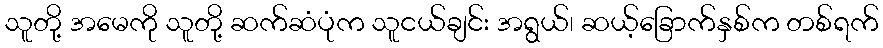
သူတို့ အမေကို သူတို့ ဆက်ဆံပုံက သူငယ်ချင်း အရွယ်၊ ဆယ့်ခြောက်နှစ်က တစ်ရက်